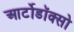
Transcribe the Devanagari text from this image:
आर्टोडॉक्सो